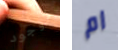
لاوجود ام